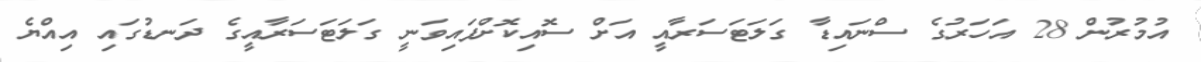
އުމުރުން 28 އަހަރުގެ ސްނައިޑާ ގަލަޓަސަރާއީ އަށް ސޮއިކޮށްފައިވަނީ ގަލަޓަސަރާއީގެ ދަނޑުގައި އިއްޔެ